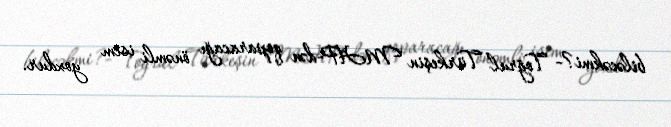
biləcəkmi?- Toğrul Türkeşin MHP-dən qoparacağı önəmli isim yoxdur.